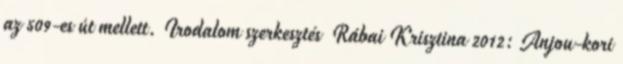
az 509-es út mellett. Irodalom szerkesztés Rábai Krisztina 2012: Anjou-kori